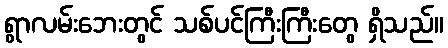
ရွာလမ်းဘေးတွင် သစ်ပင်ကြီးကြီးတွေ ရှိသည်။